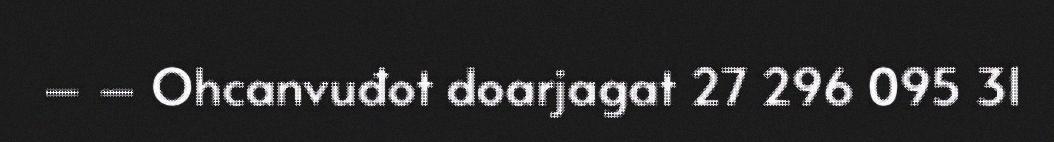
– – Ohcanvuđot doarjagat 27 296 095 31